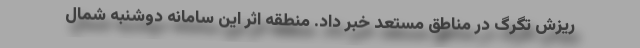
ریزش تگرگ در مناطق مستعد خبر داد. منطقه اثر این سامانه دوشنبه شمال